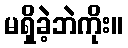
မရှိခဲ့ဘဲကိုး။